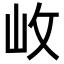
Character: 𡵲